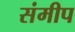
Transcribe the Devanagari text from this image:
संमीप